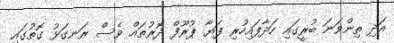
އަދި ތިންވަނަ ބުރީގައި ހަދާފައިހުރި ފަޔާ ޕުރޫފް ދޮރުތައް ވެސް ރަނގަޅު ގޮތުގައި